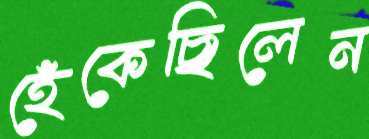
হেঁকেছিলেন